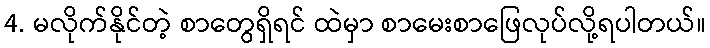
4. မလိုက်နိုင်တဲ့ စာတွေရှိရင် ထဲမှာ စာမေးစာဖြေလုပ်လို့ရပါတယ်။